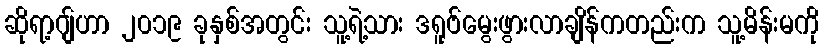
ဆိုရာ့ဂျ်ဟာ ၂၀၁၉ ခုနှစ်အတွင်း သူ့ရဲ့သား ဒရူဗ်မွေးဖွားလာချိန်ကတည်းက သူ့မိန်းမကို